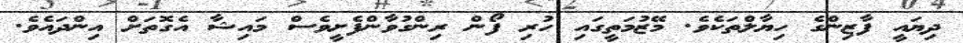
ދިޔައީ ފާޒިންގެ ހިޔާލްތަކެވެ. މޭޒުމަތީގައި ހުރި ފޯން ރިންގުވާންފެށީވެސް މައިޝާ އެގޮތަށް އިންދައެވެ.